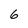
Character: 6